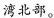
湾北部。